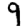
Digit: 9